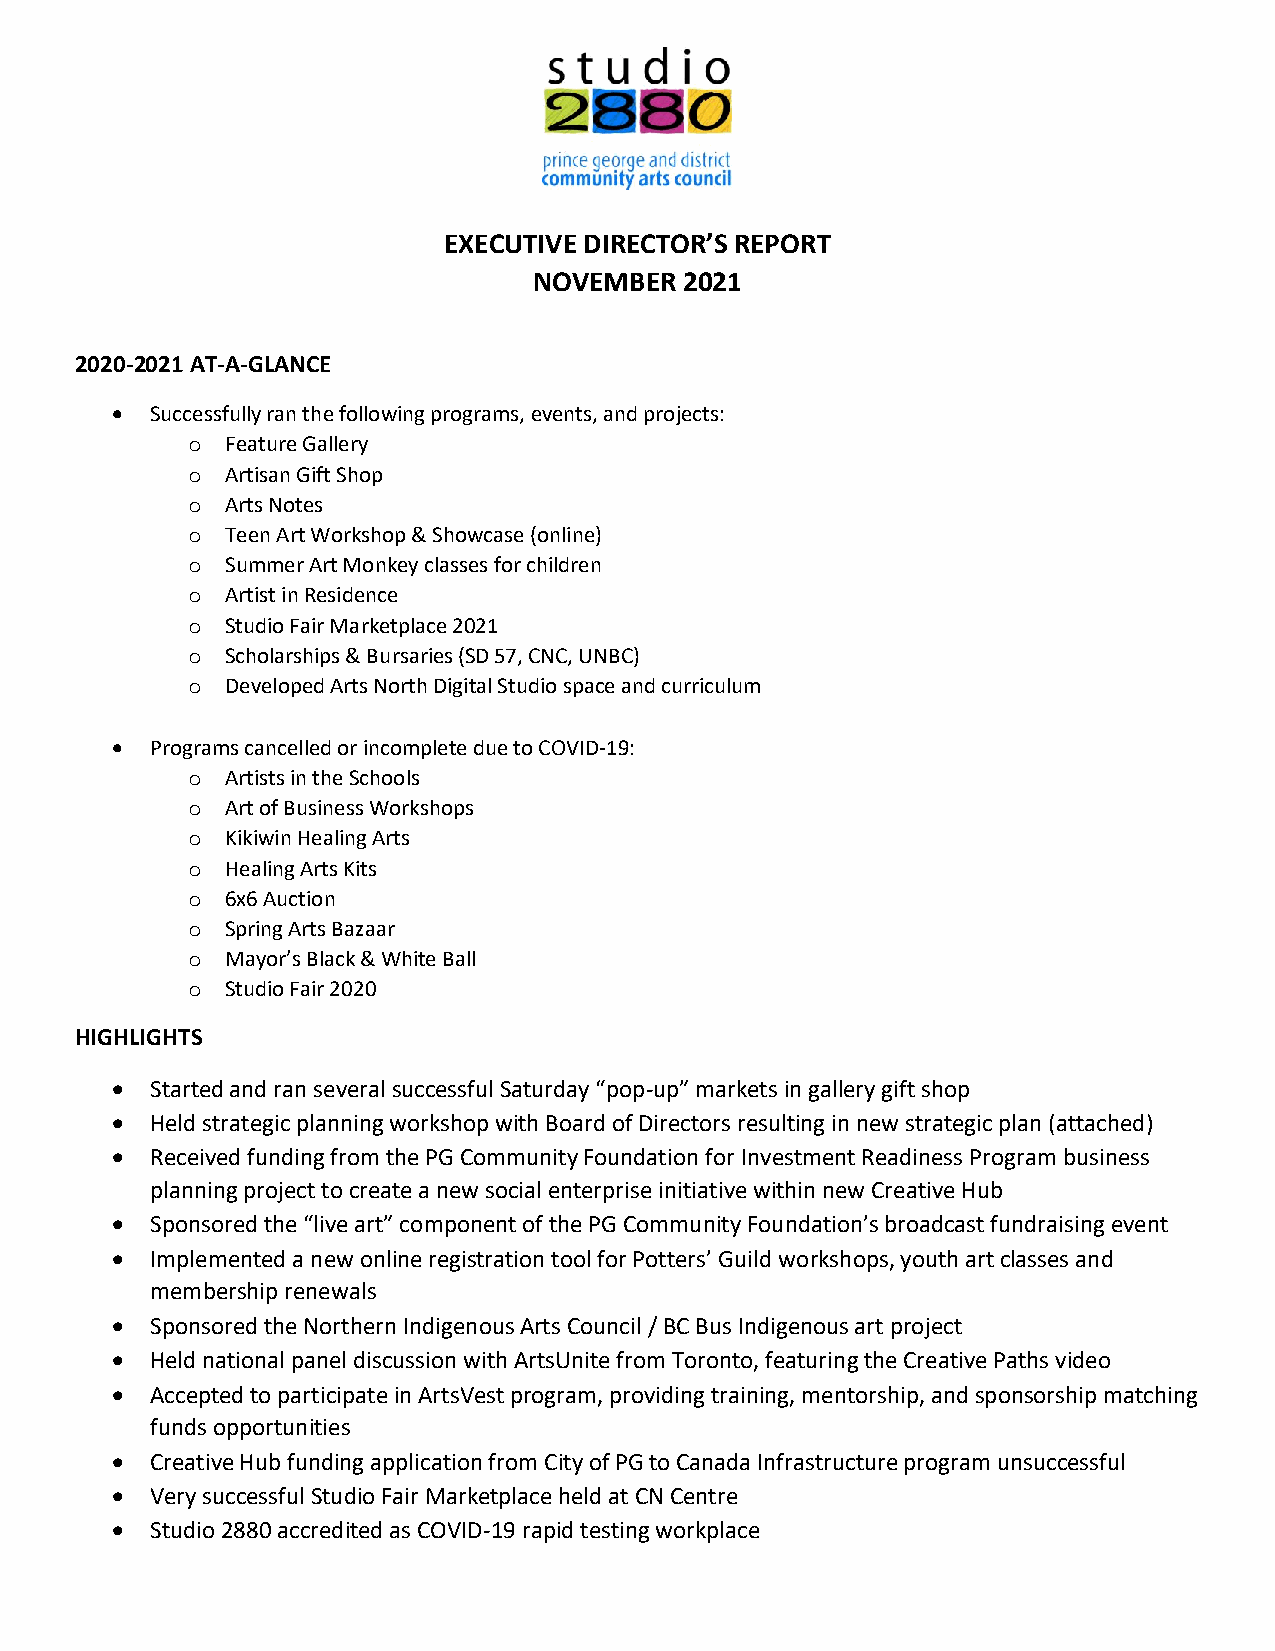
EXECUTIVE DIRECTOR’S REPORT
 NOVEMBER  2021
 2020-2021 AT-A-GLANCE
 •  Successfully ran the following programs, events, and projects:
 o  Feature Gallery
 o  Artisan Gift Shop
 o  Arts Notes
 o  Teen Art Workshop & Showcase (online)
 o  Summer Art Monkey classes for children
 o  Artist in Residence
 o  Studio Fair Marketplace 2021
 o  Scholarships & Bursaries (SD 57, CNC, UNBC)
 o  Developed Arts North Digital Studio space and curriculum
 •  Programs cancelled or incomplete due to COVID-19:
 o  Artists in the Schools
 o  Art of Business Workshops
 o  Kikiwin Healing Arts
 o  Healing Arts Kits
 o  6x6 Auction
 o  Spring Arts Bazaar
 o  Mayor’s Black & White Ball
 o  Studio Fair 2020
 HIGHLIGHTS
 •  Started and ran several successful Saturday “pop-up” markets in gallery gift shop
 •  Held strategic planning workshop with Board of Directors resulting in new strategic plan (attached)
 •  Received funding from the PG Community Foundation for Investment Readiness Program business
 planning project to create a new social enterprise initiative within new Creative Hub
 •  Sponsored the “live art” component of the PG Community Foundation’s broadcast fundraising event
 •  Implemented a new online registration tool for Potters’ Guild workshops, youth art classes and
 membership renewals
 •  Sponsored the Northern Indigenous Arts Council / BC Bus Indigenous art project
 •  Held national panel discussion with ArtsUnite from Toronto, featuring the Creative Paths video
 •  Accepted to participate in ArtsVest program, providing training, mentorship, and sponsorship matching
 funds opportunities
 •  Creative Hub funding application from City of PG to Canada Infrastructure program unsuccessful
 •  Very successful Studio Fair Marketplace held at CN Centre
 •  Studio 2880 accredited as COVID-19 rapid testing workplace